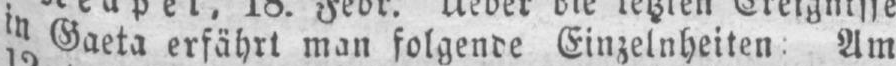
in Gaeta erfährt man folgende Einzelnheiten: Am